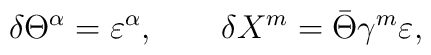
\delta\Theta^\alpha= \varepsilon^\alpha,\qquad \delta X^m = \bar\Theta\gamma^m\varepsilon,